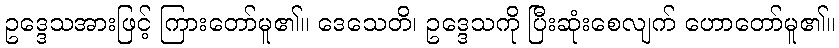
ဥဒ္ဒေသအားဖြင့် ကြားတော်မူ၏။ ဒေသေတိ၊ ဥဒ္ဒေသကို ပြီးဆုံးစေလျက် ဟောတော်မူ၏။